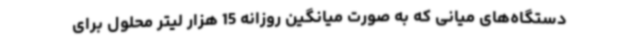
دستگاه‌های میانی که به صورت میانگین روزانه 15 هزار لیتر محلول برای